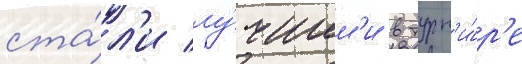
ста́л'и лу́чшим'и в турн'и́р'е